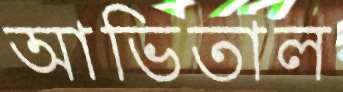
আভিতাল